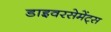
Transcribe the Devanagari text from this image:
डाइवरसेमेंट्स